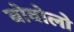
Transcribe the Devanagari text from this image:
बोवोलो